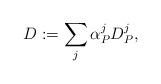
LaTeX: \begin{align*} D := \sum_j \alpha_P^j D_P^j,\end{align*}